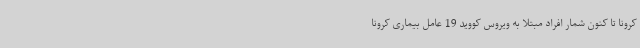
کرونا تا کنون شمار افراد مبتلا به ویروس کووید 19 عامل بیماری کرونا